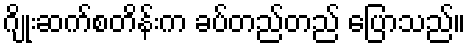
ဂျိုးဆက်စတိန်းက ခပ်တည်တည် ပြောသည်။